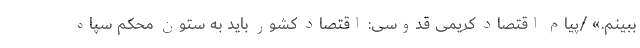
ببینم.» /پیام اقتصاد کریمی قدوسی: اقتصاد کشور باید به ستون محکم سپاه